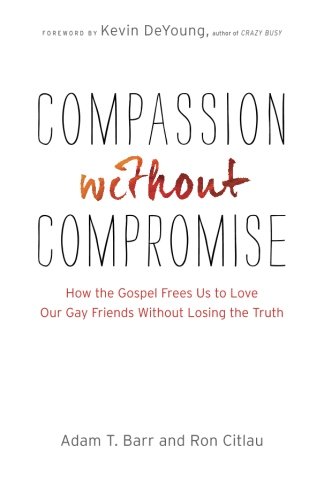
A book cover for Compassion without Compromise: How the Gospel Frees Us to Love Our Gay Friends Without Losing the Truth; Adam T. Barr; Gay & Lesbian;